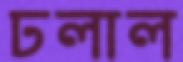
ঢলাল